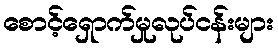
စောင့်ရှောက်မှုလုပ်ငန်းများ